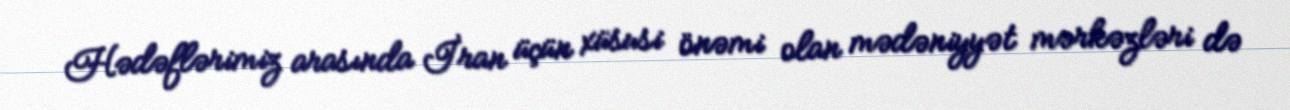
Hədəflərimiz arasında İran üçün xüsusi önəmi olan mədəniyyət mərkəzləri də